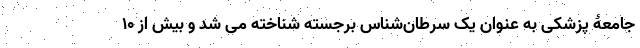
جامعۀ پزشکی به عنوان یک سرطان‌شناس برجسته شناخته می شد و بیش از 10